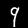
Digit: 9